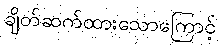
ချိတ်ဆက်ထားသောကြောင့်